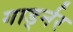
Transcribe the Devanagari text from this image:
गार्ड्नर